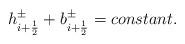
LaTeX: \begin{align*}h^{\pm}_{i+\frac{1}{2}} + b^{\pm}_{i+\frac{1}{2}} = constant.\end{align*}